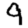
Digit: 9